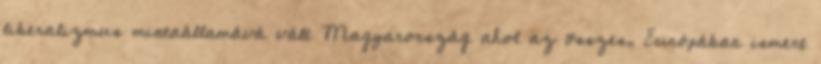
liberalizmus mintaállamává vált Magyarország ahol az összes, Európában ismert